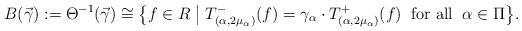
LaTeX: \begin{align*}B(\vec\gamma) := \Theta^{-1}(\vec\gamma) \cong\bigl\{f \in R \; \big| \; T_{(\alpha, 2\mu_\alpha)}^-(f) = \gamma_\alpha \cdot T_{(\alpha, 2\mu_\alpha)}^+(f) \;\; \mbox{\rm for all} \;\;\alpha \in \Pi\bigr\}.\end{align*}